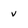
Character: v